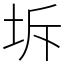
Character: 坼